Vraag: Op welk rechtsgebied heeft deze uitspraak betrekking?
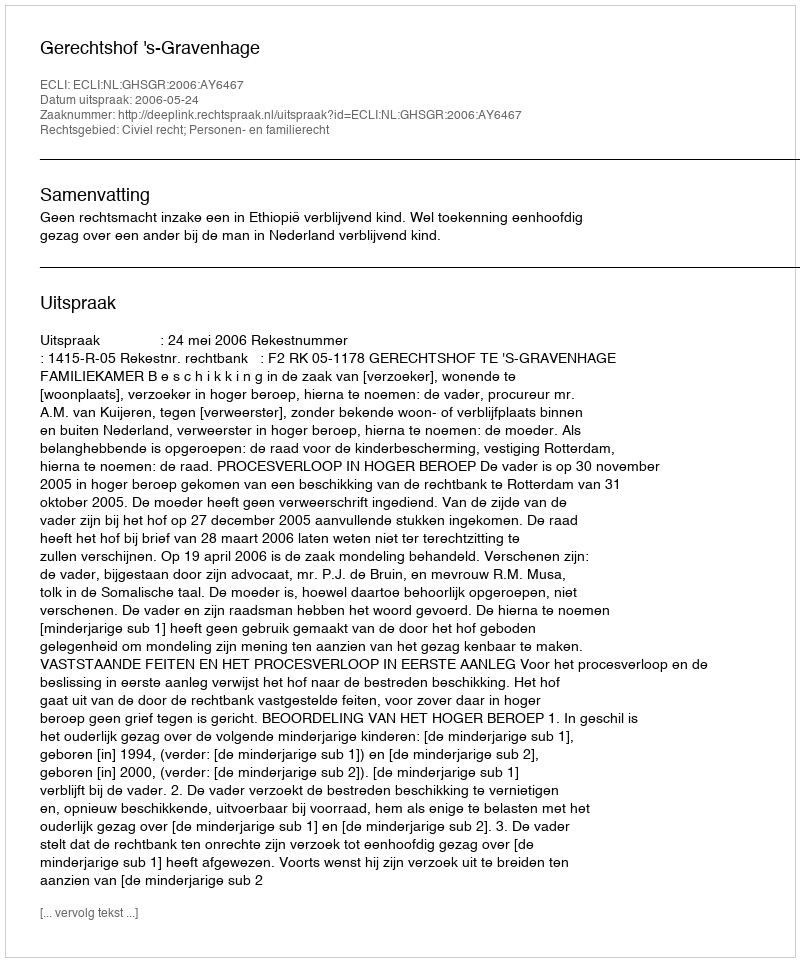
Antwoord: Civiel recht; Personen- en familierecht